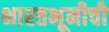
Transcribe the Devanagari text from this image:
भारतभूमीची